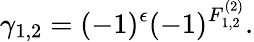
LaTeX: \gamma_{1,2}=(-1)^{\epsilon}(-1)^{F_{1,2}^{(2)}}.